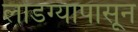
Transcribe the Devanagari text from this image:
लांडग्यापासून